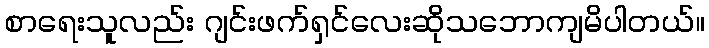
စာရေးသူလည်း ဂျင်းဖက်ရှင်လေးဆိုသဘောကျမိပါတယ်။